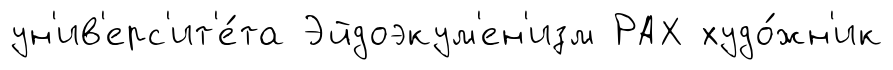
ун'ив'ерс'ит'е́та Эйдоэкум'ен'изм РАХ худо́жн'ик